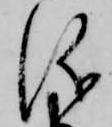
儀